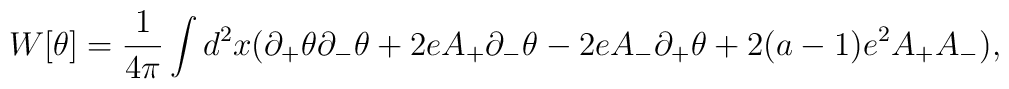
W[\theta ]={1\over{4\pi }}\int d^2x(\partial_+\theta \partial_-\theta +2eA_+\partial _-\theta-2eA_-\partial_+\theta +2(a-1)e^2A_+A_-),